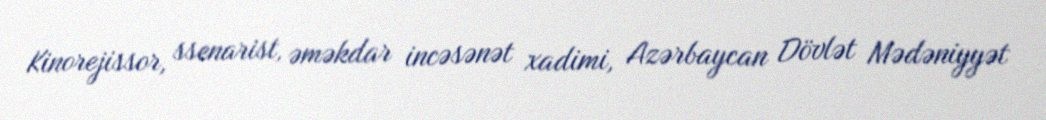
Kinorejissor, ssenarist, əməkdar incəsənət xadimi, Azərbaycan Dövlət Mədəniyyət